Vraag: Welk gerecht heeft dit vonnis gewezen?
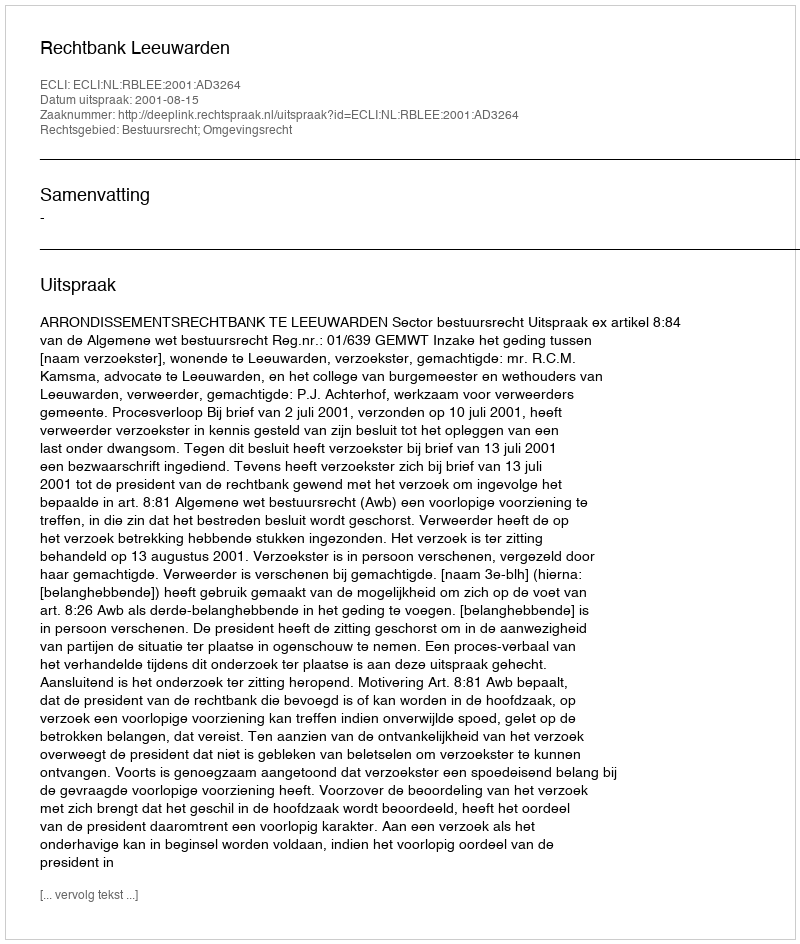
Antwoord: Rechtbank Leeuwarden